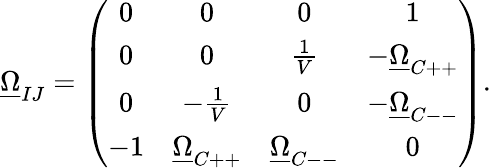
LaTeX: \underline{{{\Omega}}}_{IJ}=\left(\begin{array}{cccc}{{0}}&{{0}}&{{0}}&{{1}}\\ {{0}}&{{0}}&{{\frac{1}{V}}}&{{-\underline{{{\Omega}}}_{C++}}}\\ {{0}}&{{-\frac{1}{V}}}&{{0}}&{{-\underline{{{\Omega}}}_{C--}}}\\ {{-1}}&{{\underline{{{\Omega}}}_{C++}}}&{{\underline{{{\Omega}}}_{C--}}}&{{0}}\end{array}\right).